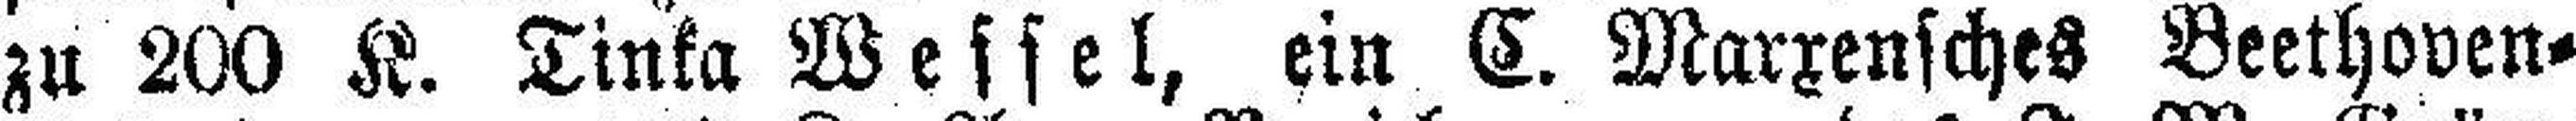
zu 200 K. Tinka Wessel, ein C. Marxensches Beethoven=